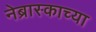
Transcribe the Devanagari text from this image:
नेब्रास्काच्या